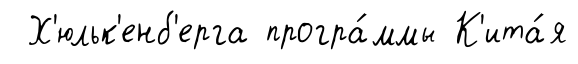
Х'юльк'енб'ерга програ́ммы К'ита́я